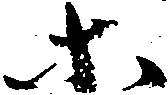
等